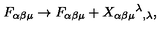
F _ { \alpha \beta \mu } \rightarrow F _ { \alpha \beta \mu } + X _ { \alpha \beta \mu } { } ^ { \lambda } { } _ { , \lambda } ,